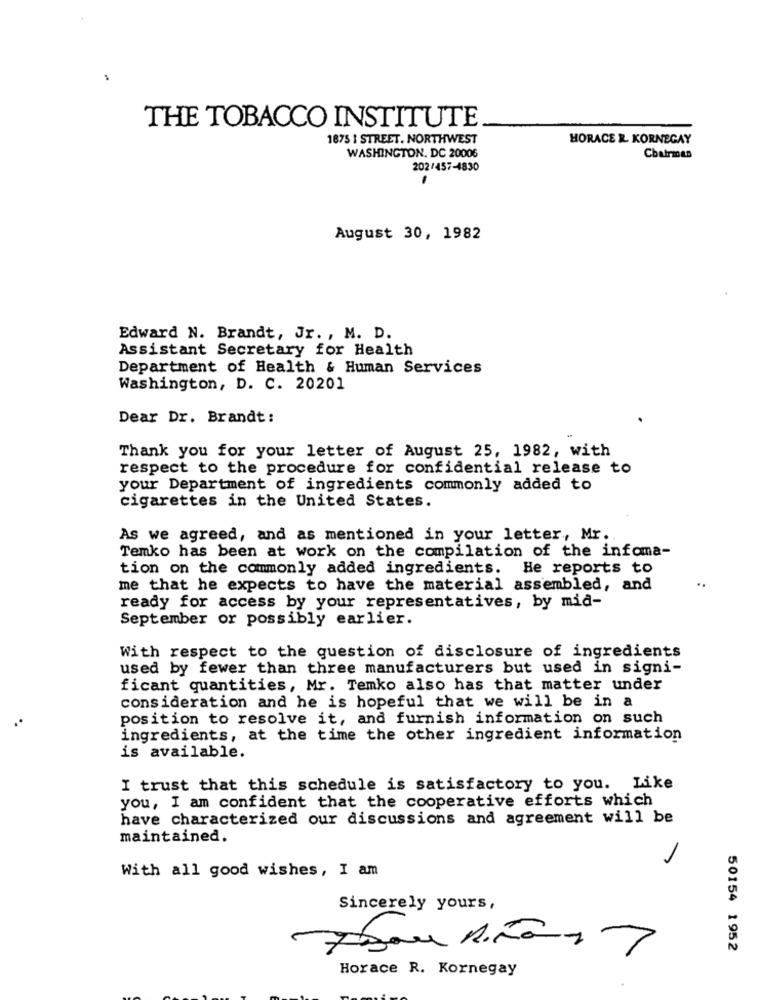
THE TOBACCO INSTITUTE
1875 1 STREET. NORTHWEST
HORACE R. KORNEGAY
WASHINGTON, DC 20006
Chairman
202/457-4830
August 30, 1982
Edward N. Brandt, Jr. , M. D.
Assistant Secretary for Health
Department of Health & Human Services
Washington, D. C. 20201
Dear Dr. Brandt:
Thank you for your letter of August 25, 1982, with
respect to the procedure for confidential release to
your Department of ingredients commonly added to
cigarettes in the United States.
As we agreed, and as mentioned in your letter, Mr.
Temko has been at work on the compilation of the infoma-
tion on the commonly added ingredients. He reports to
me that he expects to have the material assembled, and
..
ready for access by your representatives, by mid-
September or possibly earlier.
With respect to the question of disclosure of ingredients
used by fewer than three manufacturers but used in signi-
ficant quantities, Mr. Temko also has that matter under
consideration and he is hopeful that we will be in a
.
position to resolve it, and furnish information on such
ingredients, at the time the other ingredient information
is available.
I trust that this schedule is satisfactory to you. Like
you, I am confident that the cooperative efforts which
have characterized our discussions and agreement will be
maintained.
With all good wishes, I am
Sincerely yours,
50154 1952
Horace R. Kornegay